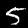
Digit: 5